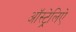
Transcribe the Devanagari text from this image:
ऑस्ट्रेलिऐ